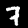
Digit: 7